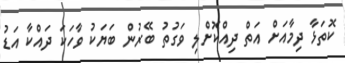
ކޮތަޅާ ދިމާއަށް އަތް ދިއްކޮށްލި ވަގުތު ބޭރުން ބަޔަކު ވާހަކަ ދައްކާ އަޑު